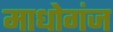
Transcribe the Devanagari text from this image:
माधोगंज